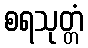
စရသုတ္တံ